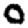
Digit: 0